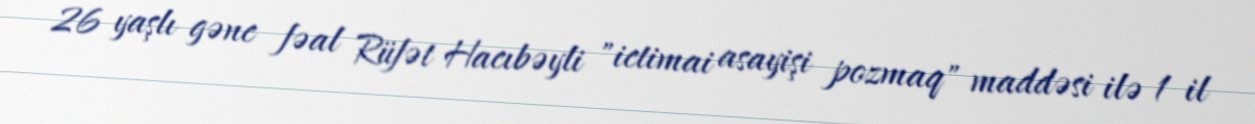
26 yaşlı gənc fəal Rüfət Hacıbəyli "ictimai asayişi pozmaq" maddəsi ilə 1 il